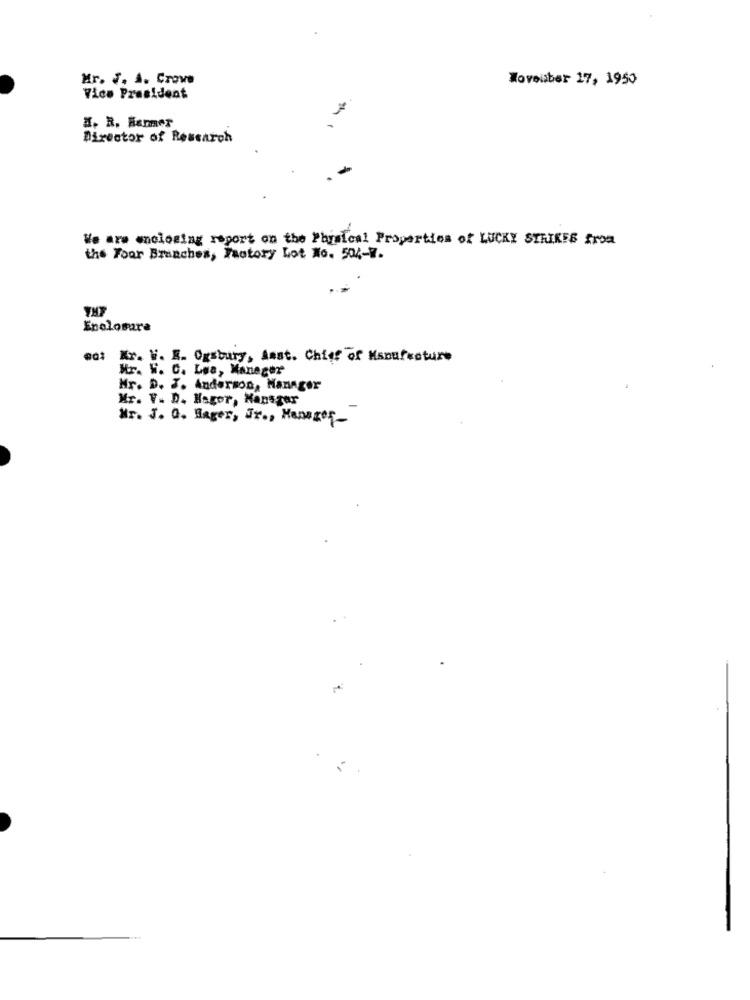
Mr. F. A. Crove
Wovouber 17, 1950
Vice President
H. R. Barmer
Director of Research
We are enclosing report on the Physical Properties of LUCKY STRIKES from
the Four Branches, Factory Lot No. 504-7.
Enclosure
001 Kr. V. E. Ogsbury, last. Chief of Manufacture
Mr. W. C. Lwa, Manager
Mr. D. J. Anderson, Manager
Mr. V. D. Hagor, Hansger
Mr. J. O. Lager, Jr ., Manager